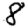
Digit: 8